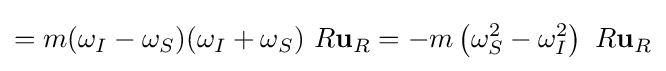
=m(\omega _{I}-\omega _{S})(\omega _{I}+\omega _{S})\ R\mathbf {u} _{R}=-m\left(\omega _{S}^{2}-\omega _{I}^{2}\right)\ R\mathbf {u} _{R}